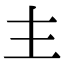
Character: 龶